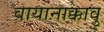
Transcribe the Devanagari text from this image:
वायानाक्कावु